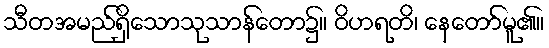
သီတအမည်ရှိသောသုသာန်တော၌။ ဝိဟရတိ၊ နေတော်မူ၏။